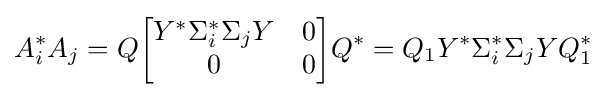
A_{i}^{*}A_{j}=Q{\begin{bmatrix}Y^{*}\Sigma _{i}^{*}\Sigma _{j}Y&0\\0&0\end{bmatrix}}Q^{*}=Q_{1}Y^{*}\Sigma _{i}^{*}\Sigma _{j}YQ_{1}^{*}